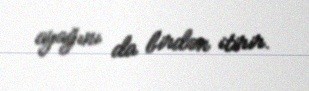
ayağını da birdən itirir.